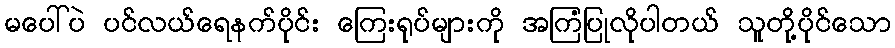
မပေါ်ပဲ ပင်လယ်ရေနက်ပိုင်း ကြေးရုပ်များကို အကြံပြုလိုပါတယ် သူတို့ပိုင်သော